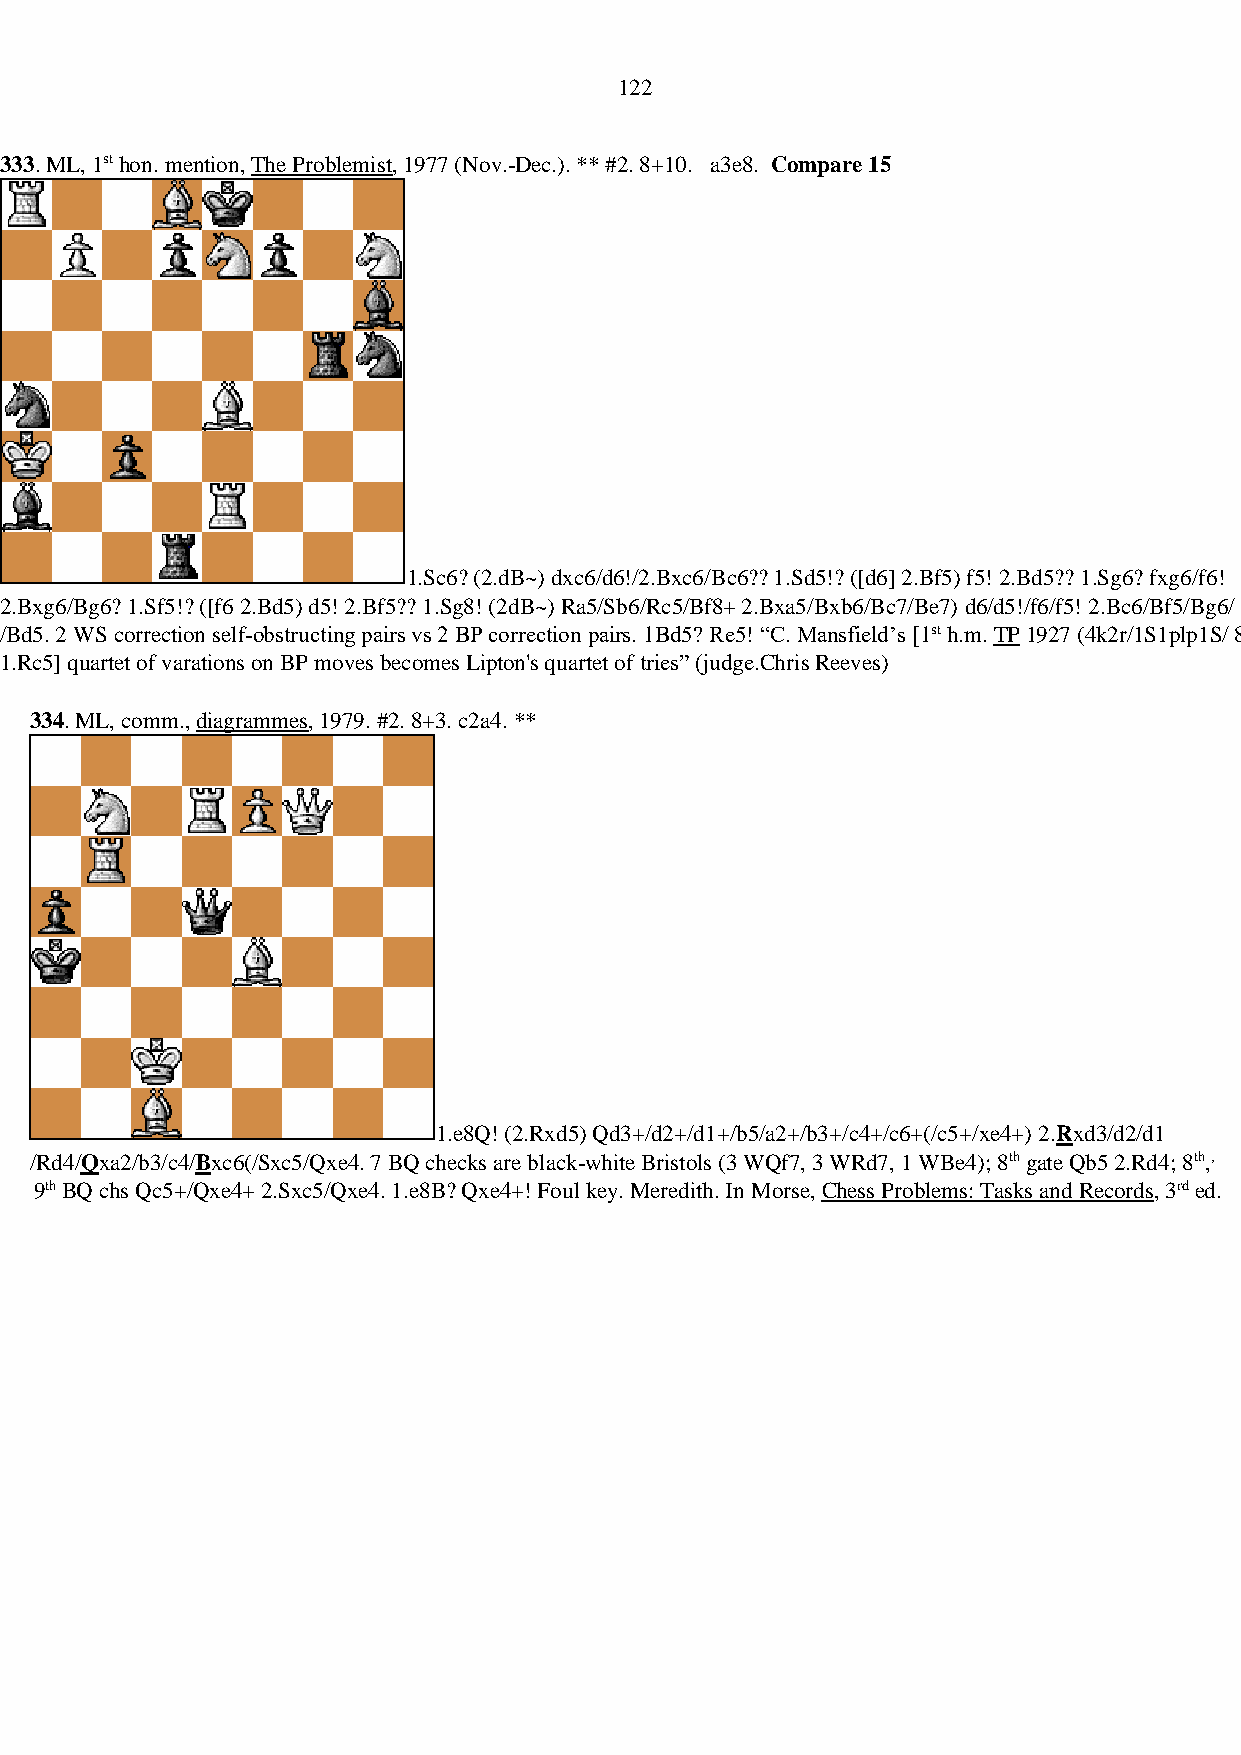
122
 333. ML, 1st hon. mention, The Problemist, 1977 (Nov.-Dec.). ** #2. 8+10. a3e8. Compare 15
 1.Sc6? (2.dB~) dxc6/d6!/2.Bxc6/Bc6?? 1.Sd5!? ([d6] 2.Bf5) f5! 2.Bd5?? 1.Sg6? fxg6/f6!
 2.Bxg6/Bg6? 1.Sf5!? ([f6 2.Bd5) d5! 2.Bf5?? 1.Sg8! (2dB~) Ra5/Sb6/Rc5/Bf8+ 2.Bxa5/Bxb6/Bc7/Be7) d6/d5!/f6/f5! 2.Bc6/Bf5/Bg6/
 /Bd5. 2 WS correction self-obstructing pairs vs 2 BP correction pairs. 1Bd5? Re5! “C. Mansfield’s [1st h.m. TP 1927 (4k2r/1S1plp1S/ 8/6Rs/1B2B2p/5p1q/b7/lK3R3
 1.Rc5] quartet of varations on BP moves becomes Lipton's quartet of tries” (judge.Chris Reeves)
 334. ML, comm., diagrammes, 1979. #2. 8+3. c2a4. **
 1.e8Q! (2.Rxd5) Qd3+/d2+/d1+/b5/a2+/b3+/c4+/c6+(/c5+/xe4+) 2.Rxd3/d2/d1
 /Rd4/Qxa2/b3/c4/Bxc6(/Sxc5/Qxe4. 7 BQ checks are black-white Bristols (3 WQf7, 3 WRd7, 1 WBe4); 8th gate Qb5 2.Rd4; 8th,,
 9th BQ chs Qc5+/Qxe4+ 2.Sxc5/Qxe4. 1.e8B? Qxe4+! Foul key. Meredith. In Morse, Chess Problems: Tasks and Records, 3rd ed.